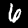
Label: 6